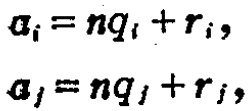
\[

\begin{align*}

a_{i}&=nq_{i}+r_{i},\\

a_{j}&=nq_{j}+r_{j},

\end{align*}

\]